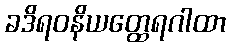
ခဒိရဝနိယတ္ထေရဂါထာ